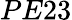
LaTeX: PE23